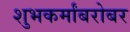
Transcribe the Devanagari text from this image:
शुभकर्मांबरोबर